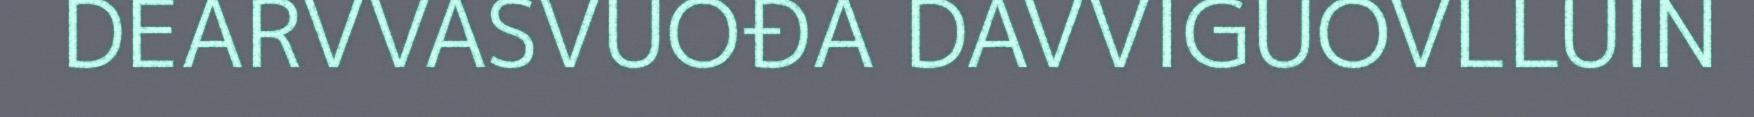
DEARVVASVUOĐA DAVVIGUOVLLUIN